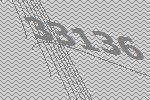
33136